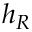
h _ { R }